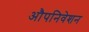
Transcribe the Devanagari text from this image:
औपनिवेशन